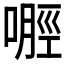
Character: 𪡿